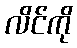
လိင်ကို